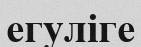
егуліге